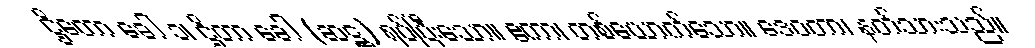
ဌိတော ခေါ ၁၊ ဌိတာ ခေါ (ဆဋ္ဌ) ရပ်ပြီးသော။ ဧကာ၊ တစ်ယောက်သော။ ဒေဝတာ၊ နတ်သားသည်။